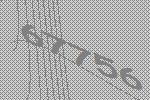
67756